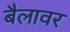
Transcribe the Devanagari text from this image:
बैलावर